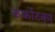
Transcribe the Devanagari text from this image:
कर्कोटका